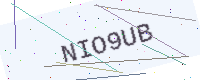
Text: NIO9UB